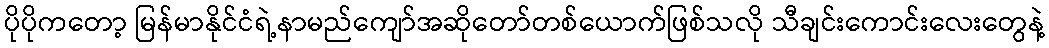
ပိုပိုကတော့ မြန်မာနိုင်ငံရဲ့နာမည်ကျော်အဆိုတော်တစ်ယောက်ဖြစ်သလို သီချင်းကောင်းလေးတွေနဲ့